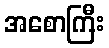
အစောကြီး